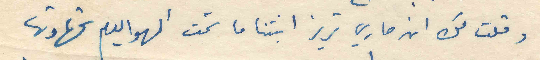
وقلت لك ان ماري تريز ابنتنا ما شمت الهوا ليوم شهادتها